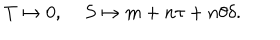
LaTeX: T \mapsto 0 , \; S \mapsto m + n \tau + n \theta \delta .